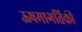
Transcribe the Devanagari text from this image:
ऊषमागतिकी